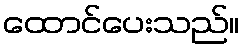
ထောင်ပေးသည်။